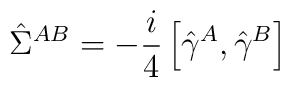
\hat\Sigma^{AB}=-{i\over4}\left[\hat\gamma^A,\hat\gamma^B\right]\hskip6cm